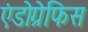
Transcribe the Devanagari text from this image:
एंडोग्रेफिस